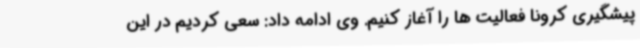
پیشگیری کرونا فعالیت ها را آغاز کنیم. وی ادامه داد: سعی کردیم در این